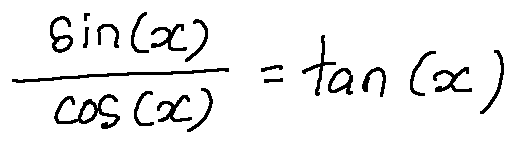
\frac { \sin ( x ) } { \cos ( x ) } = \tan ( x )